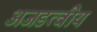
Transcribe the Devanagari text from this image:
अजडत्वीय